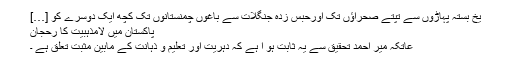
یخ بستہ پہاڑوں سے تپتے صحراؤں تک اورحبس زدہ جنگلات سے باغوں چمنستانوں تک کچھ ایک دوسرے کو […]
پاکستان میں لامذہبیت کا رحجان
عاتکہ میر احمد تحقیق سے یہ ثابت ہو ا ہے کہ دہریت اور تعلیم و ذہانت کے مابین مثبت تعلق ہے ۔